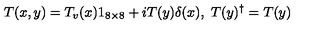
T ( x , y ) = T _ { v } ( x ) 1 _ { 8 \times 8 } + i T ( y ) \delta ( x ) , \ T ( y ) ^ { \dag } = T ( y )